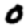
Digit: 0